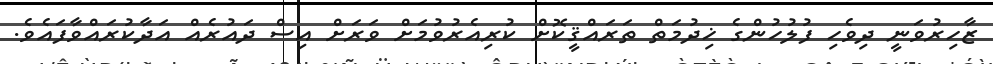
ޒާހިރުވަނީ ދިވެހި ފުލުހުންގެ ޚިދުމަތް ތަރައްޤީކޮށް ކުރިއެރުވުމަށް ވަރަށް އިސް ދައުރެއް އަދާކުރައްވާފައެވެ.